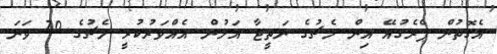
އެގޮތުން ޕެރެގުއޭ އިން މެޗުގެ ނަތީޖާ އަލުން އެއްވަރުކުރީ މެޗުގެ 70 ވަނަ